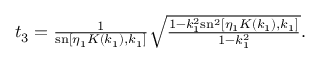
\begin{array} { r } { t _ { 3 } = \frac { 1 } { \mathrm { s n } \left[ \eta _ { 1 } K ( k _ { 1 } ) , k _ { 1 } \right] } \sqrt { \frac { 1 - k _ { 1 } ^ { 2 } \mathrm { s n } ^ { 2 } \left[ \eta _ { 1 } K ( k _ { 1 } ) , k _ { 1 } \right] } { 1 - k _ { 1 } ^ { 2 } } } . } \end{array}